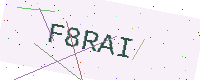
Text: F8RAI